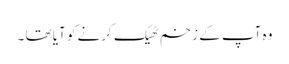
وہ آپ کے زخم ٹھیک کرنے کو آیا تھا ۔